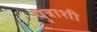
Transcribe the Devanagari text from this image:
पुत्राशी